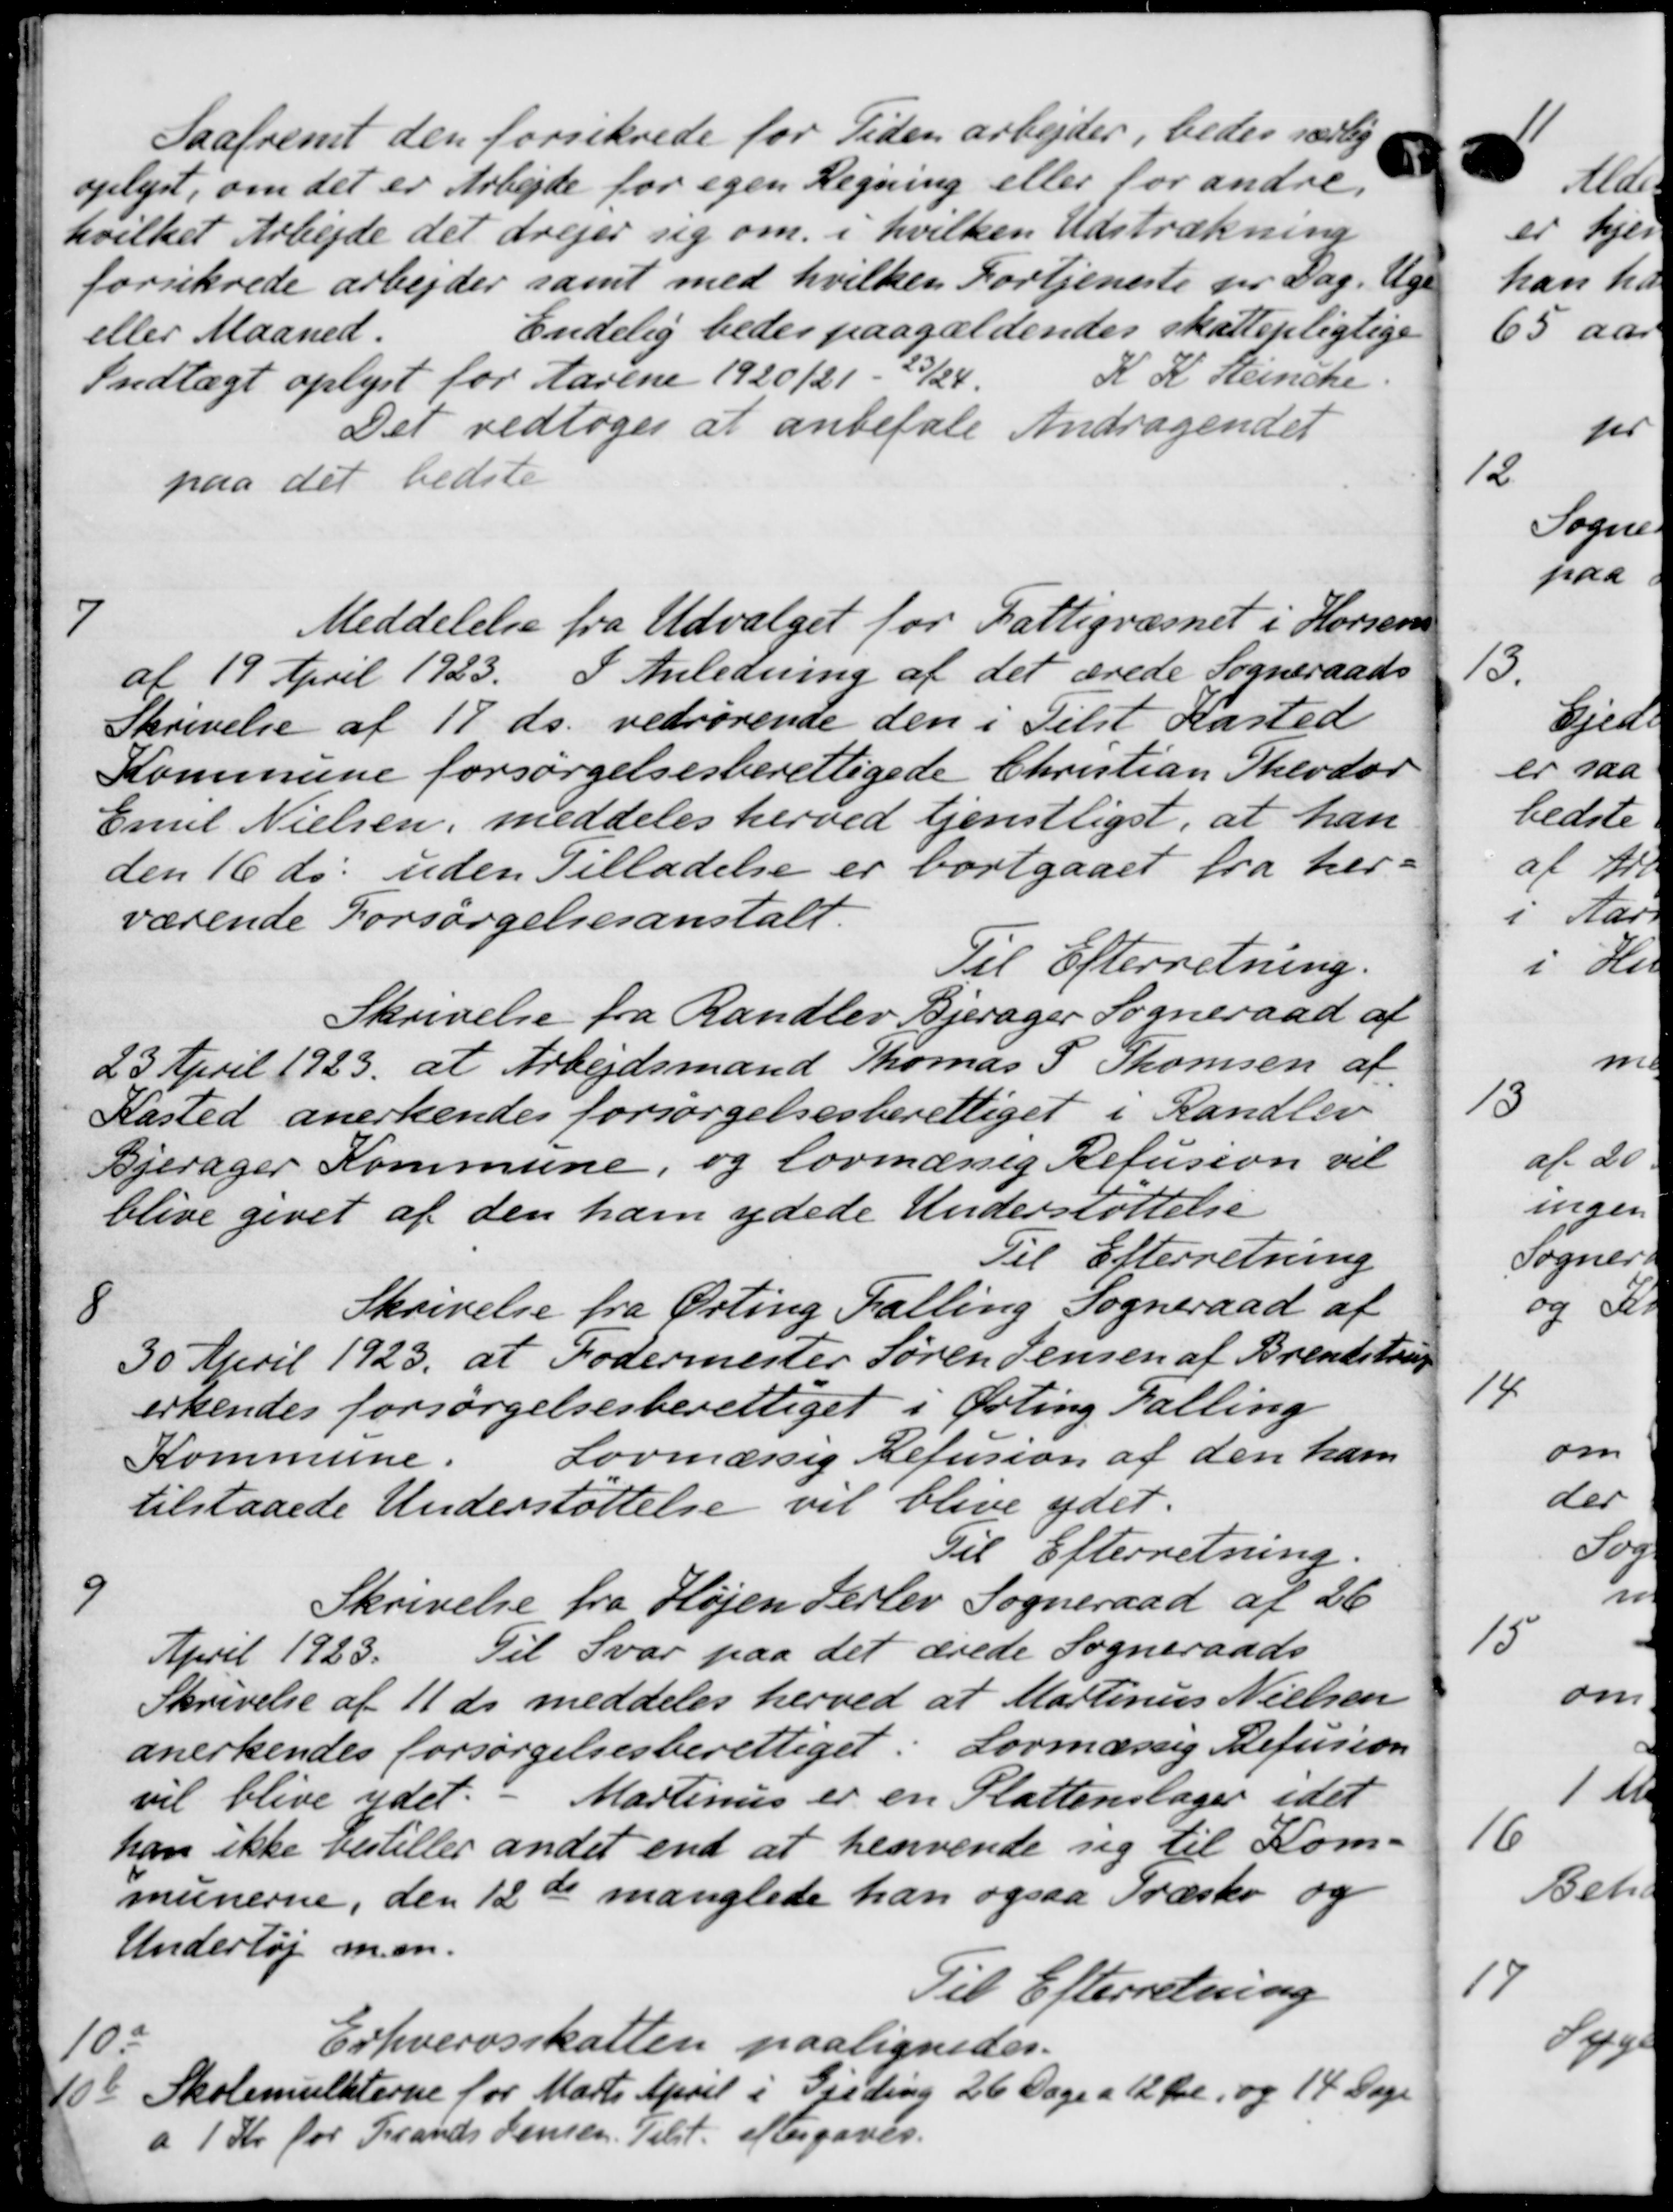
Transskription:
Saafremt den forsikrede for Tiden arbejder, bedes særlig
oplyst, om det er Arbejde for egen Regning eller for andre.
hvilket Arbejde det drejer sig om i hvilken Udstrækning
1/9
forsikrede arbejder samt med hvilken Fortjeneste pr Dag.
eller Maaned.
Endelig bedes paagældendes skattepligtige
Indtægt oplyst for Aarene 1920/21 - 23/24.
K. K. Heinche
Det vedtoges at anbefale Andragendet
paa det bedste
7
Meddelelse fra Udvalget for Fattigvæsnet i Horsens
af 19 April 1923. I Anledning af det ærede Sogneraads
Skrivelse af 19 ds. vedrørende den i Tilst Kasted
Kommune forsørgelsesberettigede Christian Theodor
Emil Nielsen, meddeles herved tjenstligst, at han
den 16 ds. uden Tilladelse er bortgaaet fra her-
værende Forsørgelsesanstalt.
Til Efterretning.
Skrivelse fra Randlev Bjerager Sogneraad af
23 April 1923 at Arbejdsmand Thomas P. Thomsen af
Kasted anerkendes forsørgelsesberettiget i Randlev
Ejerager Kommune, og lovmæssig Refusion vil
blive givet af den ham ydede Understøttelse
Til Efterretning
8
Skrivelse fra Ørting Falling Sogneraad af
30 April 1923, at Fodermester Søren Jensen af Brendstrup
erkendes forsørgelsesberettiget i Ørting Tælling
Kommune.
Lovmæssig Refusion af den ham
tilstaaede Understøttelse vil blive ydet.
Til Efterretning.
9
Skrivelse fra Højen Herlev Sogneraad af 26
April 1923.
Til Svar paa det ærede Sogneraads-
Skrivelse af 11 ds meddeles herved at Martinus Nielsen
anerkendes forsørgelsesberettiget. Lovmæssig Refusion
vil blive ydet. - Martinus er en Stattenslager idet
han ikke vestiller andet end at henvende sig til Kom-
munerne, den 12de manglede han ogsaa Præstø og
Undertøj m.m.
Til Efterretning
10.-
Erhvervsskatten paalignedes.
10
Skolemulkterne for Marts April i Gjeding 26 Dage a 12 Øre, og 14 Dage
a 1 Kr for Frands Jensen. Tilst. eftergaves.